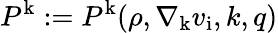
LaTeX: P^{\mathrm{k}}:=P^{\mathrm{k}}(\rho,\nabla_{\mathrm{k}}v_{\mathrm{i}},k,q)